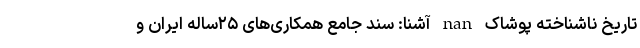
تاریخ ناشناخته پوشاک nan آشنا: سند جامع همکاری‌های ۲۵ساله ایران و